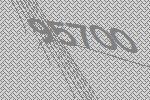
95700